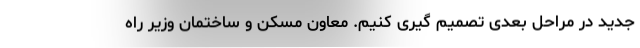
جدید در مراحل بعدی تصمیم گیری کنیم. معاون مسکن و ساختمان وزیر راه